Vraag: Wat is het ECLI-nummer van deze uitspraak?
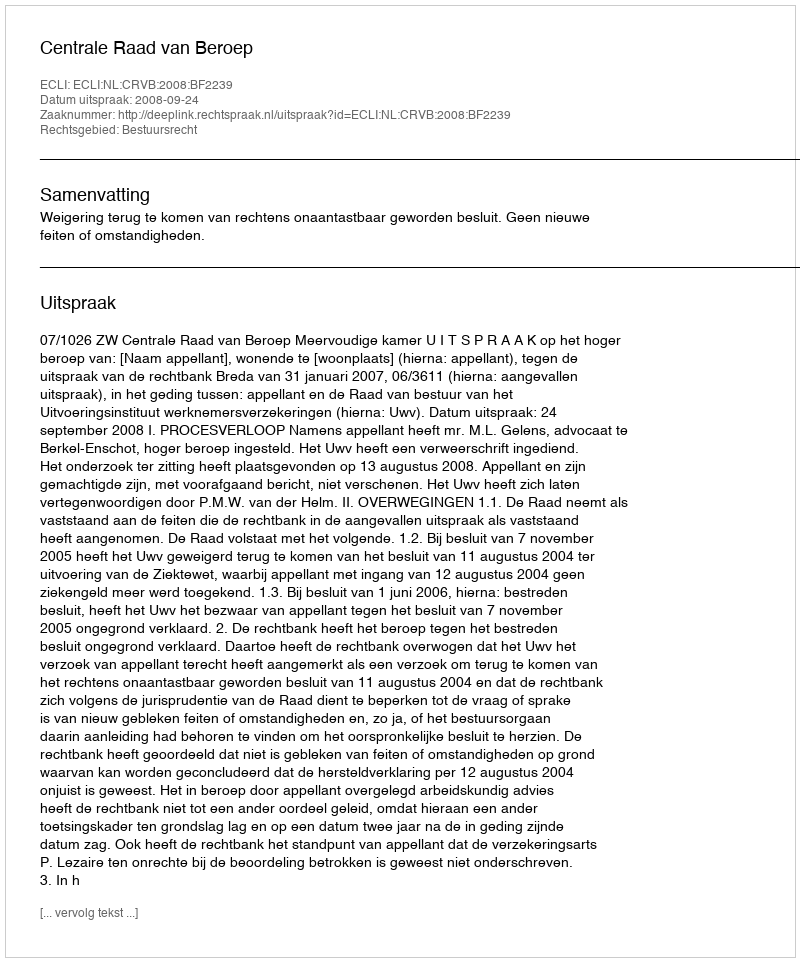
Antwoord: ECLI:NL:CRVB:2008:BF2239